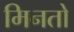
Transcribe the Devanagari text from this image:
मिनतो